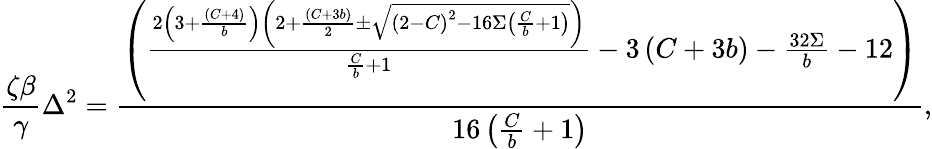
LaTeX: \frac{\zeta\beta}{\gamma}\Delta^{2}=\frac{\left(\frac{2\left(3+\frac{\left(C+4\right)}{b}\right)\left(2+\frac{\left(C+3b\right)}{2}\pm\sqrt{\left(2-C\right)^{2}-16\Sigma\left(\frac{C}{b}+1\right)}\right)}{\frac{C}{b}+1}-3\left(C+3b\right)-\frac{32\Sigma}{b}-12\right)}{16\left(\frac{C}{b}+1\right)},